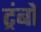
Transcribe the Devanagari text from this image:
ट्रंबो